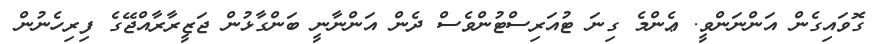
ގޮވައިގެން އަންނަންވީ. ޢެންމެ ގިނަ ޓުއަރިސްޓުންވެސް ދެން އަންނާނީ ބަންގާޅުން ޖަޒީރާރާއްޖޭގެ ފިރިހެނުން